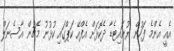
އެއީ އެންމެ ފަހުން ޔުނައިޓެޑާ ދެކޮޅަށް އެފްއޭ ކަޕްގައި ކުޅުނު މެޗުން އާސެނަލް